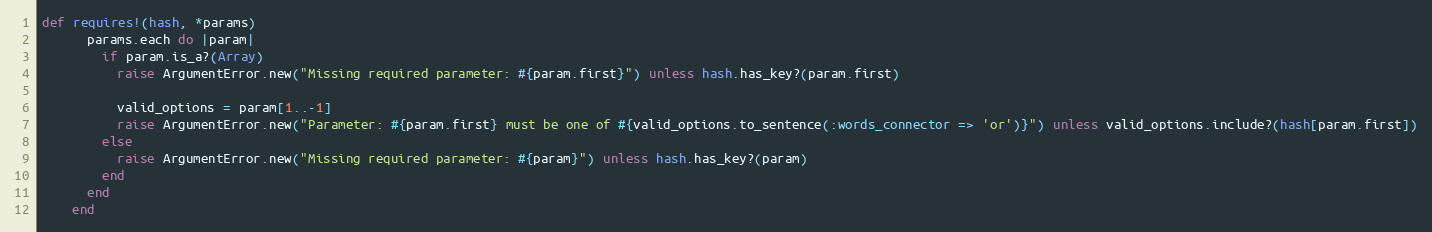
Language: Ruby
def requires!(hash, *params)
      params.each do |param|
        if param.is_a?(Array)
          raise ArgumentError.new("Missing required parameter: #{param.first}") unless hash.has_key?(param.first)

          valid_options = param[1..-1]
          raise ArgumentError.new("Parameter: #{param.first} must be one of #{valid_options.to_sentence(:words_connector => 'or')}") unless valid_options.include?(hash[param.first])
        else
          raise ArgumentError.new("Missing required parameter: #{param}") unless hash.has_key?(param)
        end
      end
    end